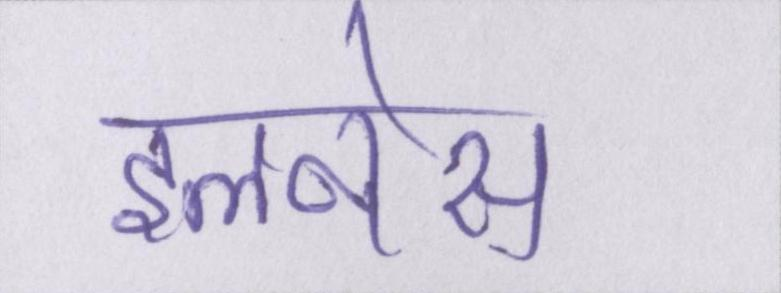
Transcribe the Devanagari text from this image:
इलनेस